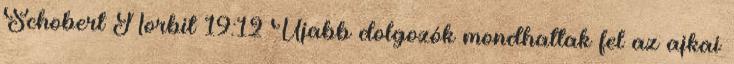
Schobert Norbit 19:12 Újabb dolgozók mondhattak fel az ajkai